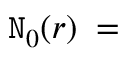
{ \tt N } _ { 0 } ( r ) \; = \;